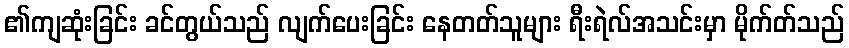
၏ကျဆုံးခြင်း ခင်တွယ်သည် လျက်ပေးခြင်း နေတတ်သူများ ရီးရဲလ်အသင်းမှာ မိုက်တ်သည်